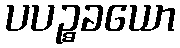
ပပဉ္စခယော